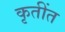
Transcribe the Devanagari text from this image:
कृतींत